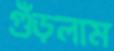
গুঁড়লাম